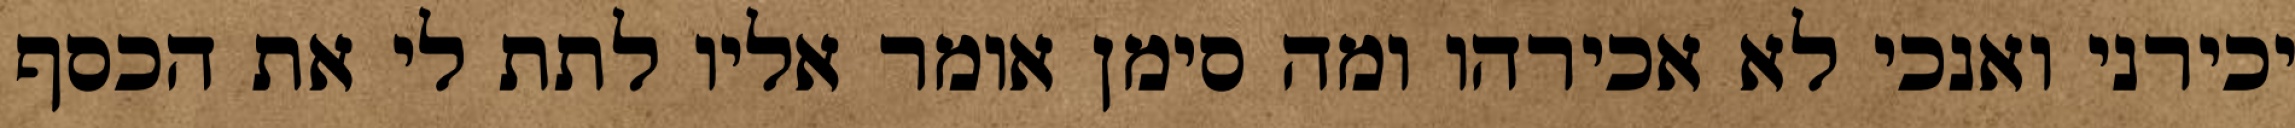
יכירני ואנכי לא אכירהו ומה סימן אומר אליו לתת לי את הכסף